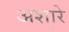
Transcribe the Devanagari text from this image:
अशारे